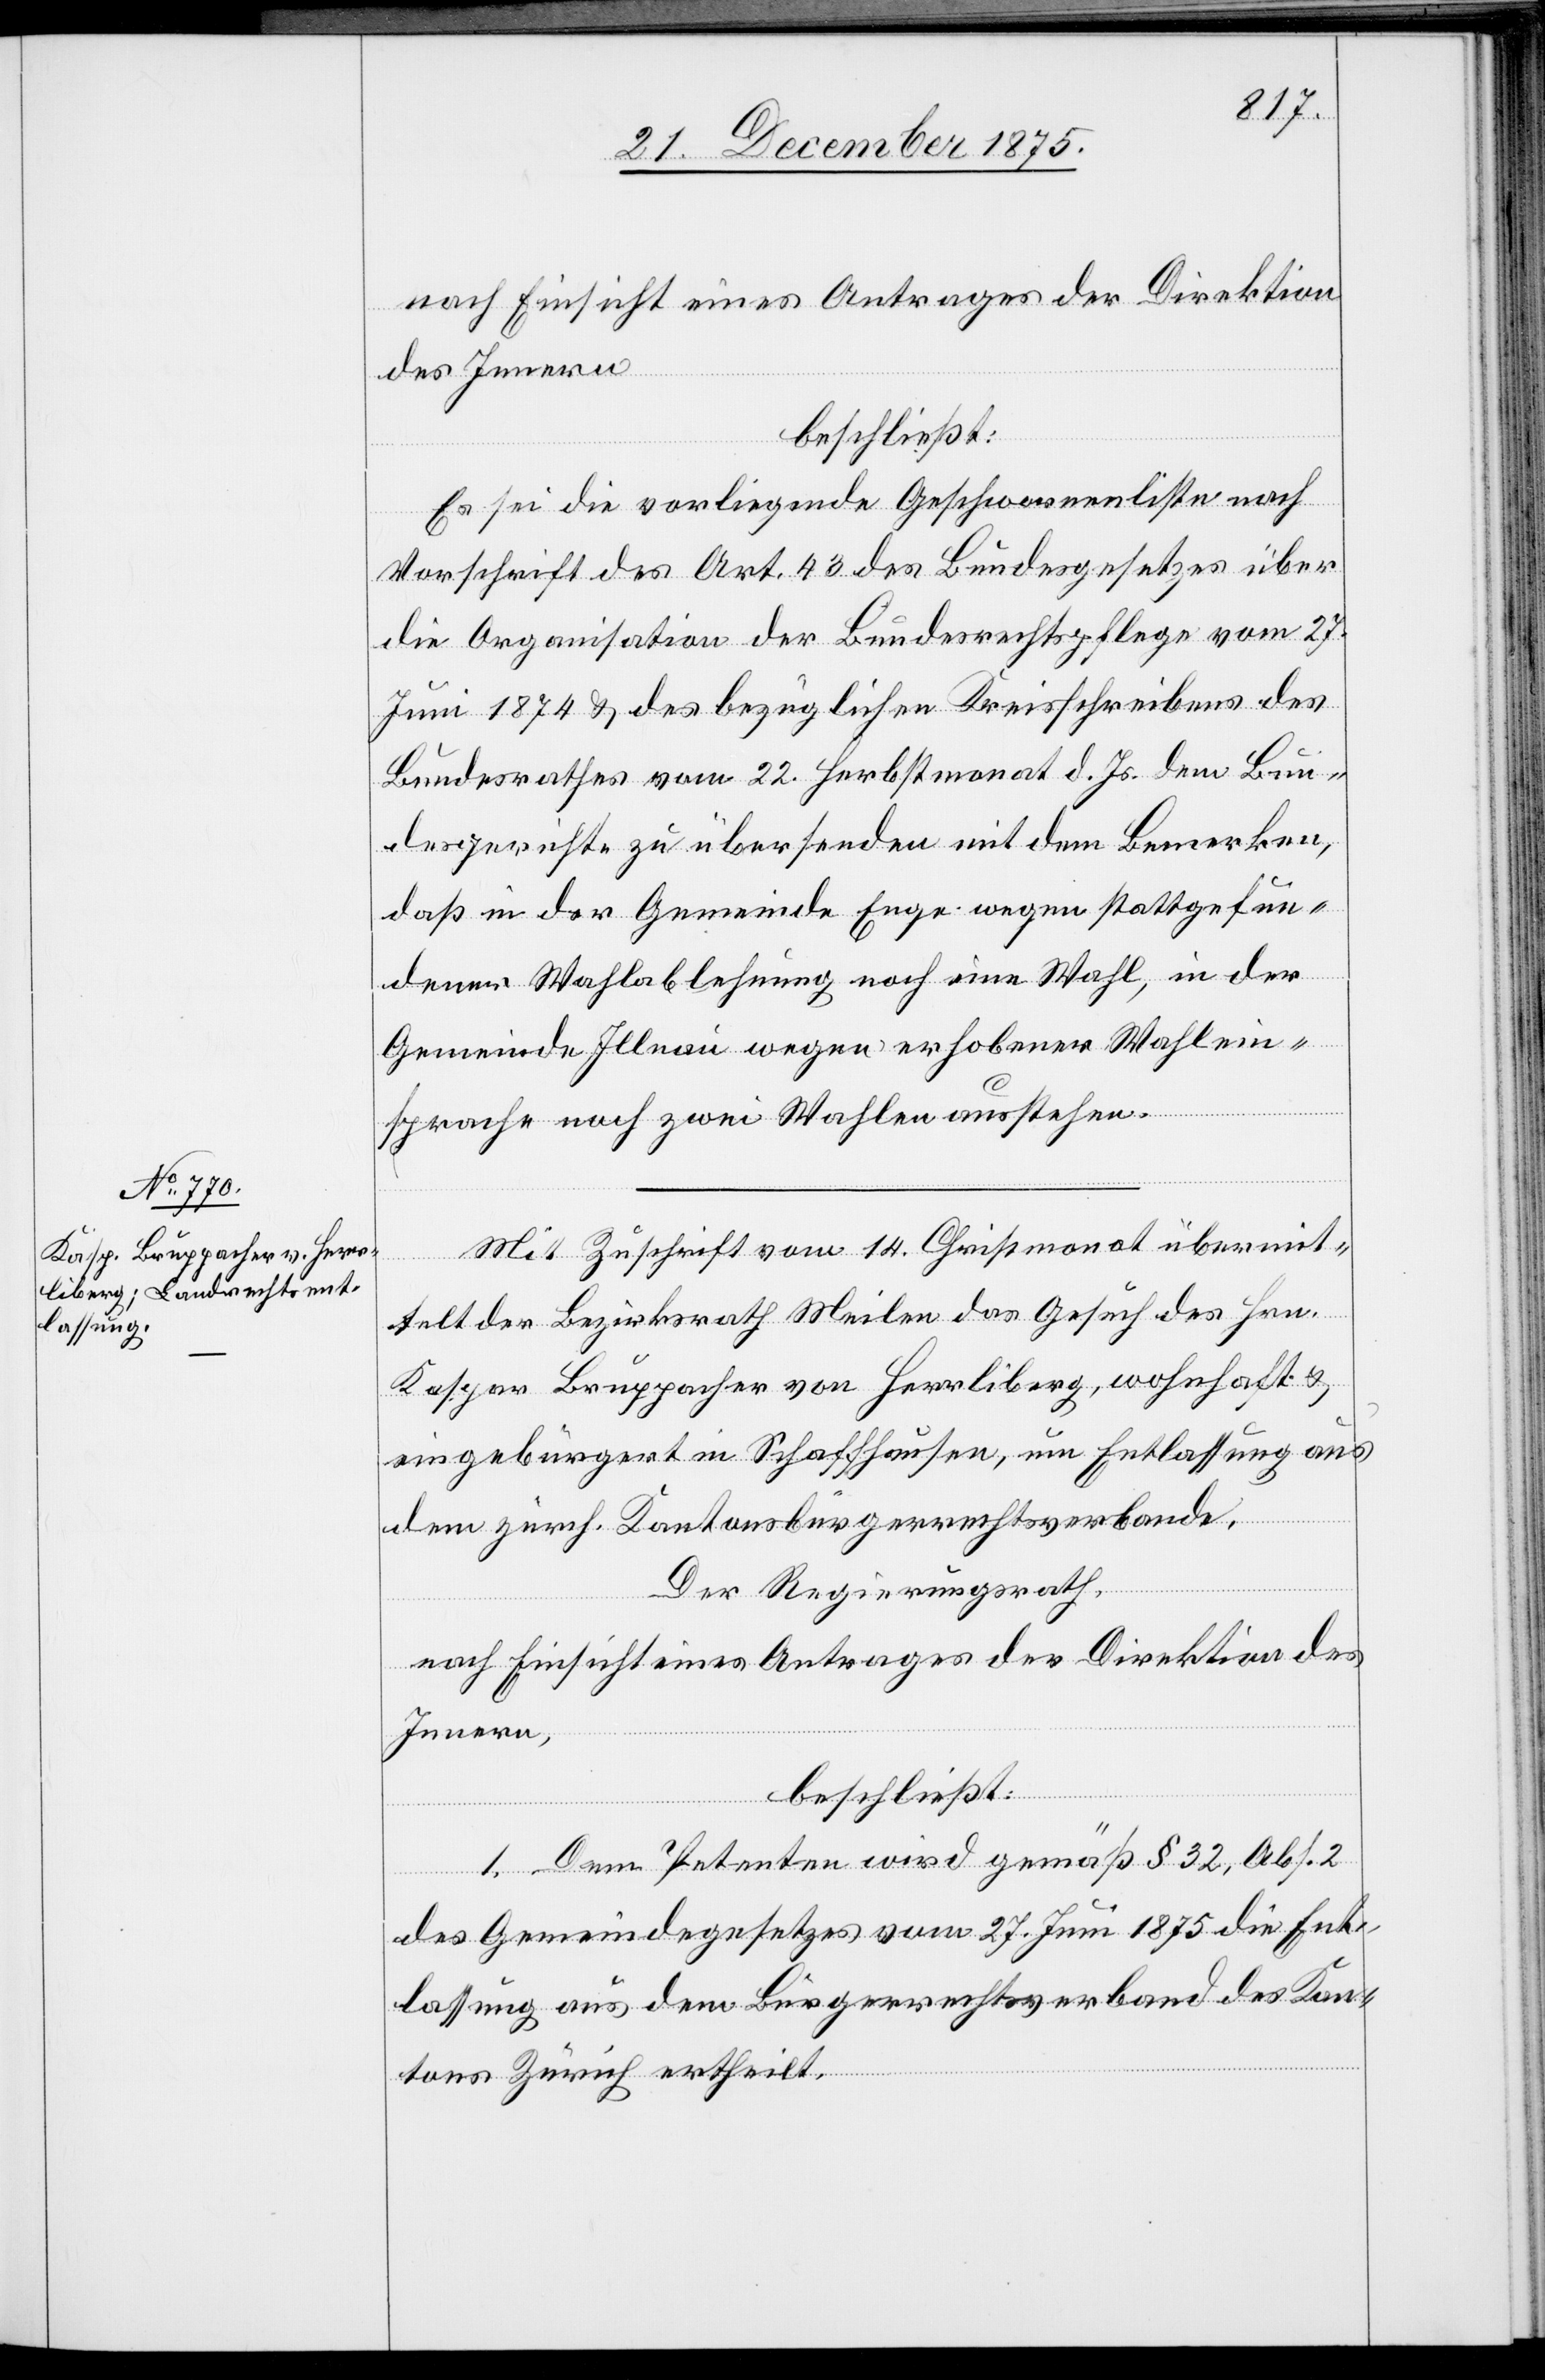
nach Einsicht eines Antrages der Direktion
des Innern,
beschließt:
Es sei die vorliegende Geschworenenliste nach
Vorschrift des Art. 43 des Bundesgesetzes über
die Organisation der Bundesrechtspflege vom 27.
Juni 1874 & des bezüglichen Kreisschreibens des
Bundesrathes vom 22. Herbstmonat d. Js. dem Bun¬
desgerichte zu übersenden mit dem Bemerken,
daß in der Gemeinde Enge wegen stattgefun¬
dener Wahlablehnung noch eine Wahl, in der
Gemeinde Illnau wegen erhobener Wahlein¬
sprache noch zwei Wahlen ausstehen.
Mit Zuschrift vom 14. Christmonat übermit¬
telt der Bezirksrath Meilen das Gesuch des Hrn.
Kaspar Bruppacher von Herrliberg, wohnhaft &
eingebürgert in Schaffhausen, um Entlassung aus
dem zürch. Kantonsbürgerrechtsverbande.
Der Regierungsrath,
nach Einsicht eines Antrages der Direktion des
Innern,
beschließt:
1. Dem Petenten wird gemäß § 32, Abs. 2
des Gemeindegesetzes vom 27. Juni 1875 die Ent¬
lassung aus dem Bürgerrechtsverband des Kan¬
tons Zürich ertheilt.